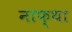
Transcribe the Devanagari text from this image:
नाफ्था